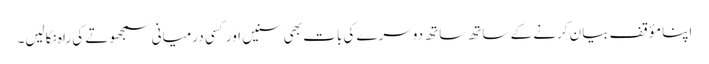
اپنا مؤقف بیان کرنے کے ساتھ ساتھ دوسرے کی بات بھی سنیں اور کسی درمیانی سمجھوتے کی راہ نکالیں۔